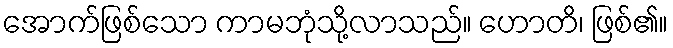
အောက်ဖြစ်သော ကာမဘုံသို့လာသည်။ ဟောတိ၊ ဖြစ်၏။